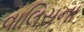
વાલિસના